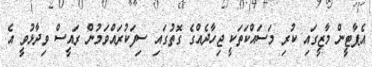
އެޕާޓީން މާޒީގައި ކުރި މަސައްކަތަކީ ޖިހާދެއްގެ ގޮތުގައި ސިފަކުރައްވަމުން ރައީސް ވިދާޅުވީ އެ